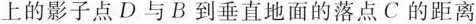
上的影子点D与B到垂直地面的落点C的距离